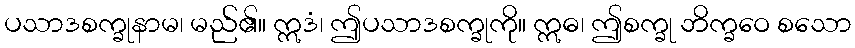
ပသာဒစက္ခုနာမ၊ မည်၏။ ဣဒံ၊ ဤပသာဒစက္ခုကို။ ဣဓ၊ ဤစက္ခု ဘိက္ခဝေ စသော